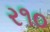
ર૧૦